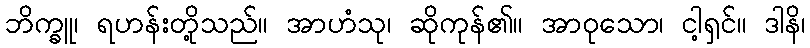
ဘိက္ခူ၊ ရဟန်းတို့သည်။ အာဟံသု၊ ဆိုကုန်၏။ အာဝုသော၊ ငါ့ရှင်။ ဒါနိ၊